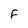
Character: F